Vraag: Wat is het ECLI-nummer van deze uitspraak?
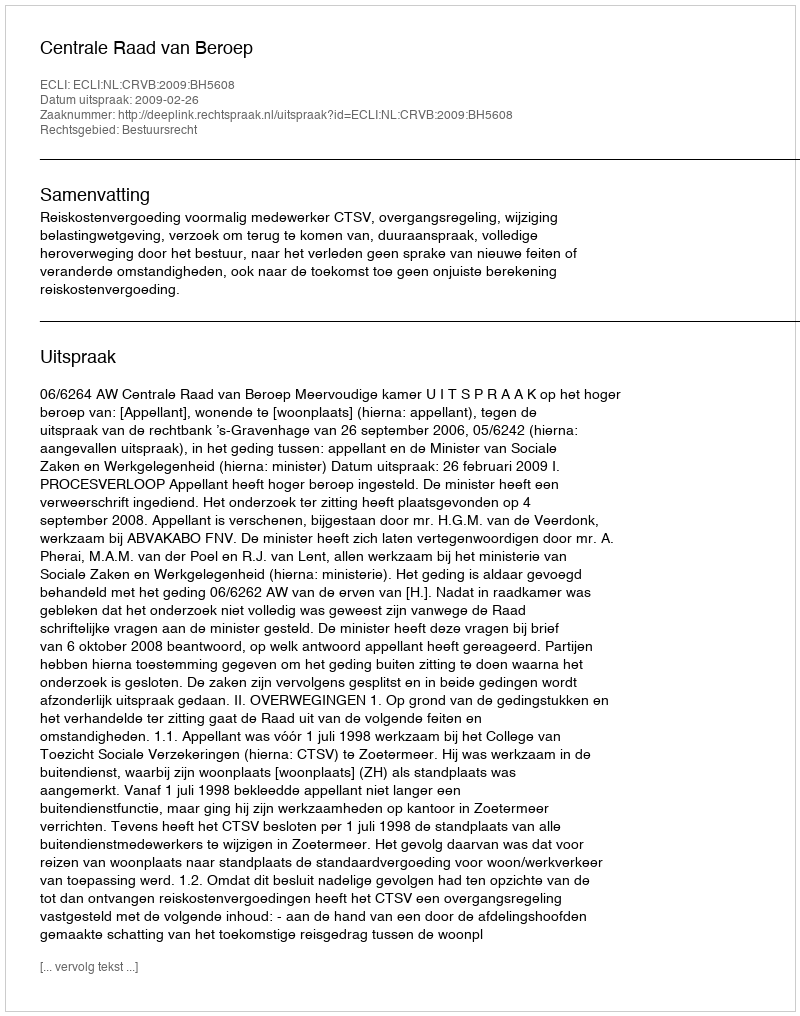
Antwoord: ECLI:NL:CRVB:2009:BH5608